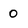
Character: 0